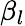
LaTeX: \beta_{l}